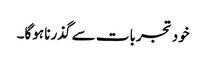
خود تجربات سے گذرنا ہوگا۔